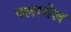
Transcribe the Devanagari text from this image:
फ्लानेल